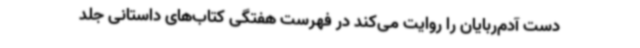
دست آدم‌ربایان را روایت می‌کند در فهرست هفتگی کتاب‌های داستانی جلد